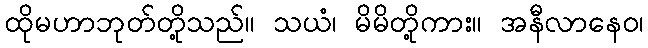
ထိုမဟာဘုတ်တို့သည်။ သယံ၊ မိမိတို့ကား။ အနီလာနေဝ၊